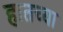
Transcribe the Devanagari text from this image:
हातच्या